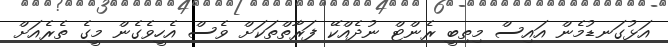
އަޅުގަނޑުމެން އައިސް މިތިބީ ރެންޓް ނުދެއްކޭ ފަރާތްތަކަށް ވެސް އެހީވެގެން މީގެ ތެރެއަށް